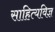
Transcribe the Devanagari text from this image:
साहित्यविज्ञ